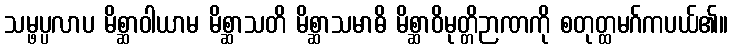
သမ္ဖပ္ပလာပ မိစ္ဆာဝါယာမ မိစ္ဆာသတိ မိစ္ဆာသမာဓိ မိစ္ဆာဝိမုတ္တိဉာဏကို စတုတ္ထမဂ်ကပယ်၏။